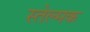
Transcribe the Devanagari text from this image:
स्तेल्मक